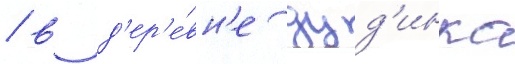
/ в д'ер'е́вн'е дуд'инка